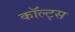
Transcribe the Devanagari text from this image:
कॉल्ट्स